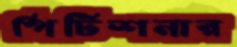
পিটিশনার